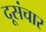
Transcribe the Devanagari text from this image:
दूसंचार